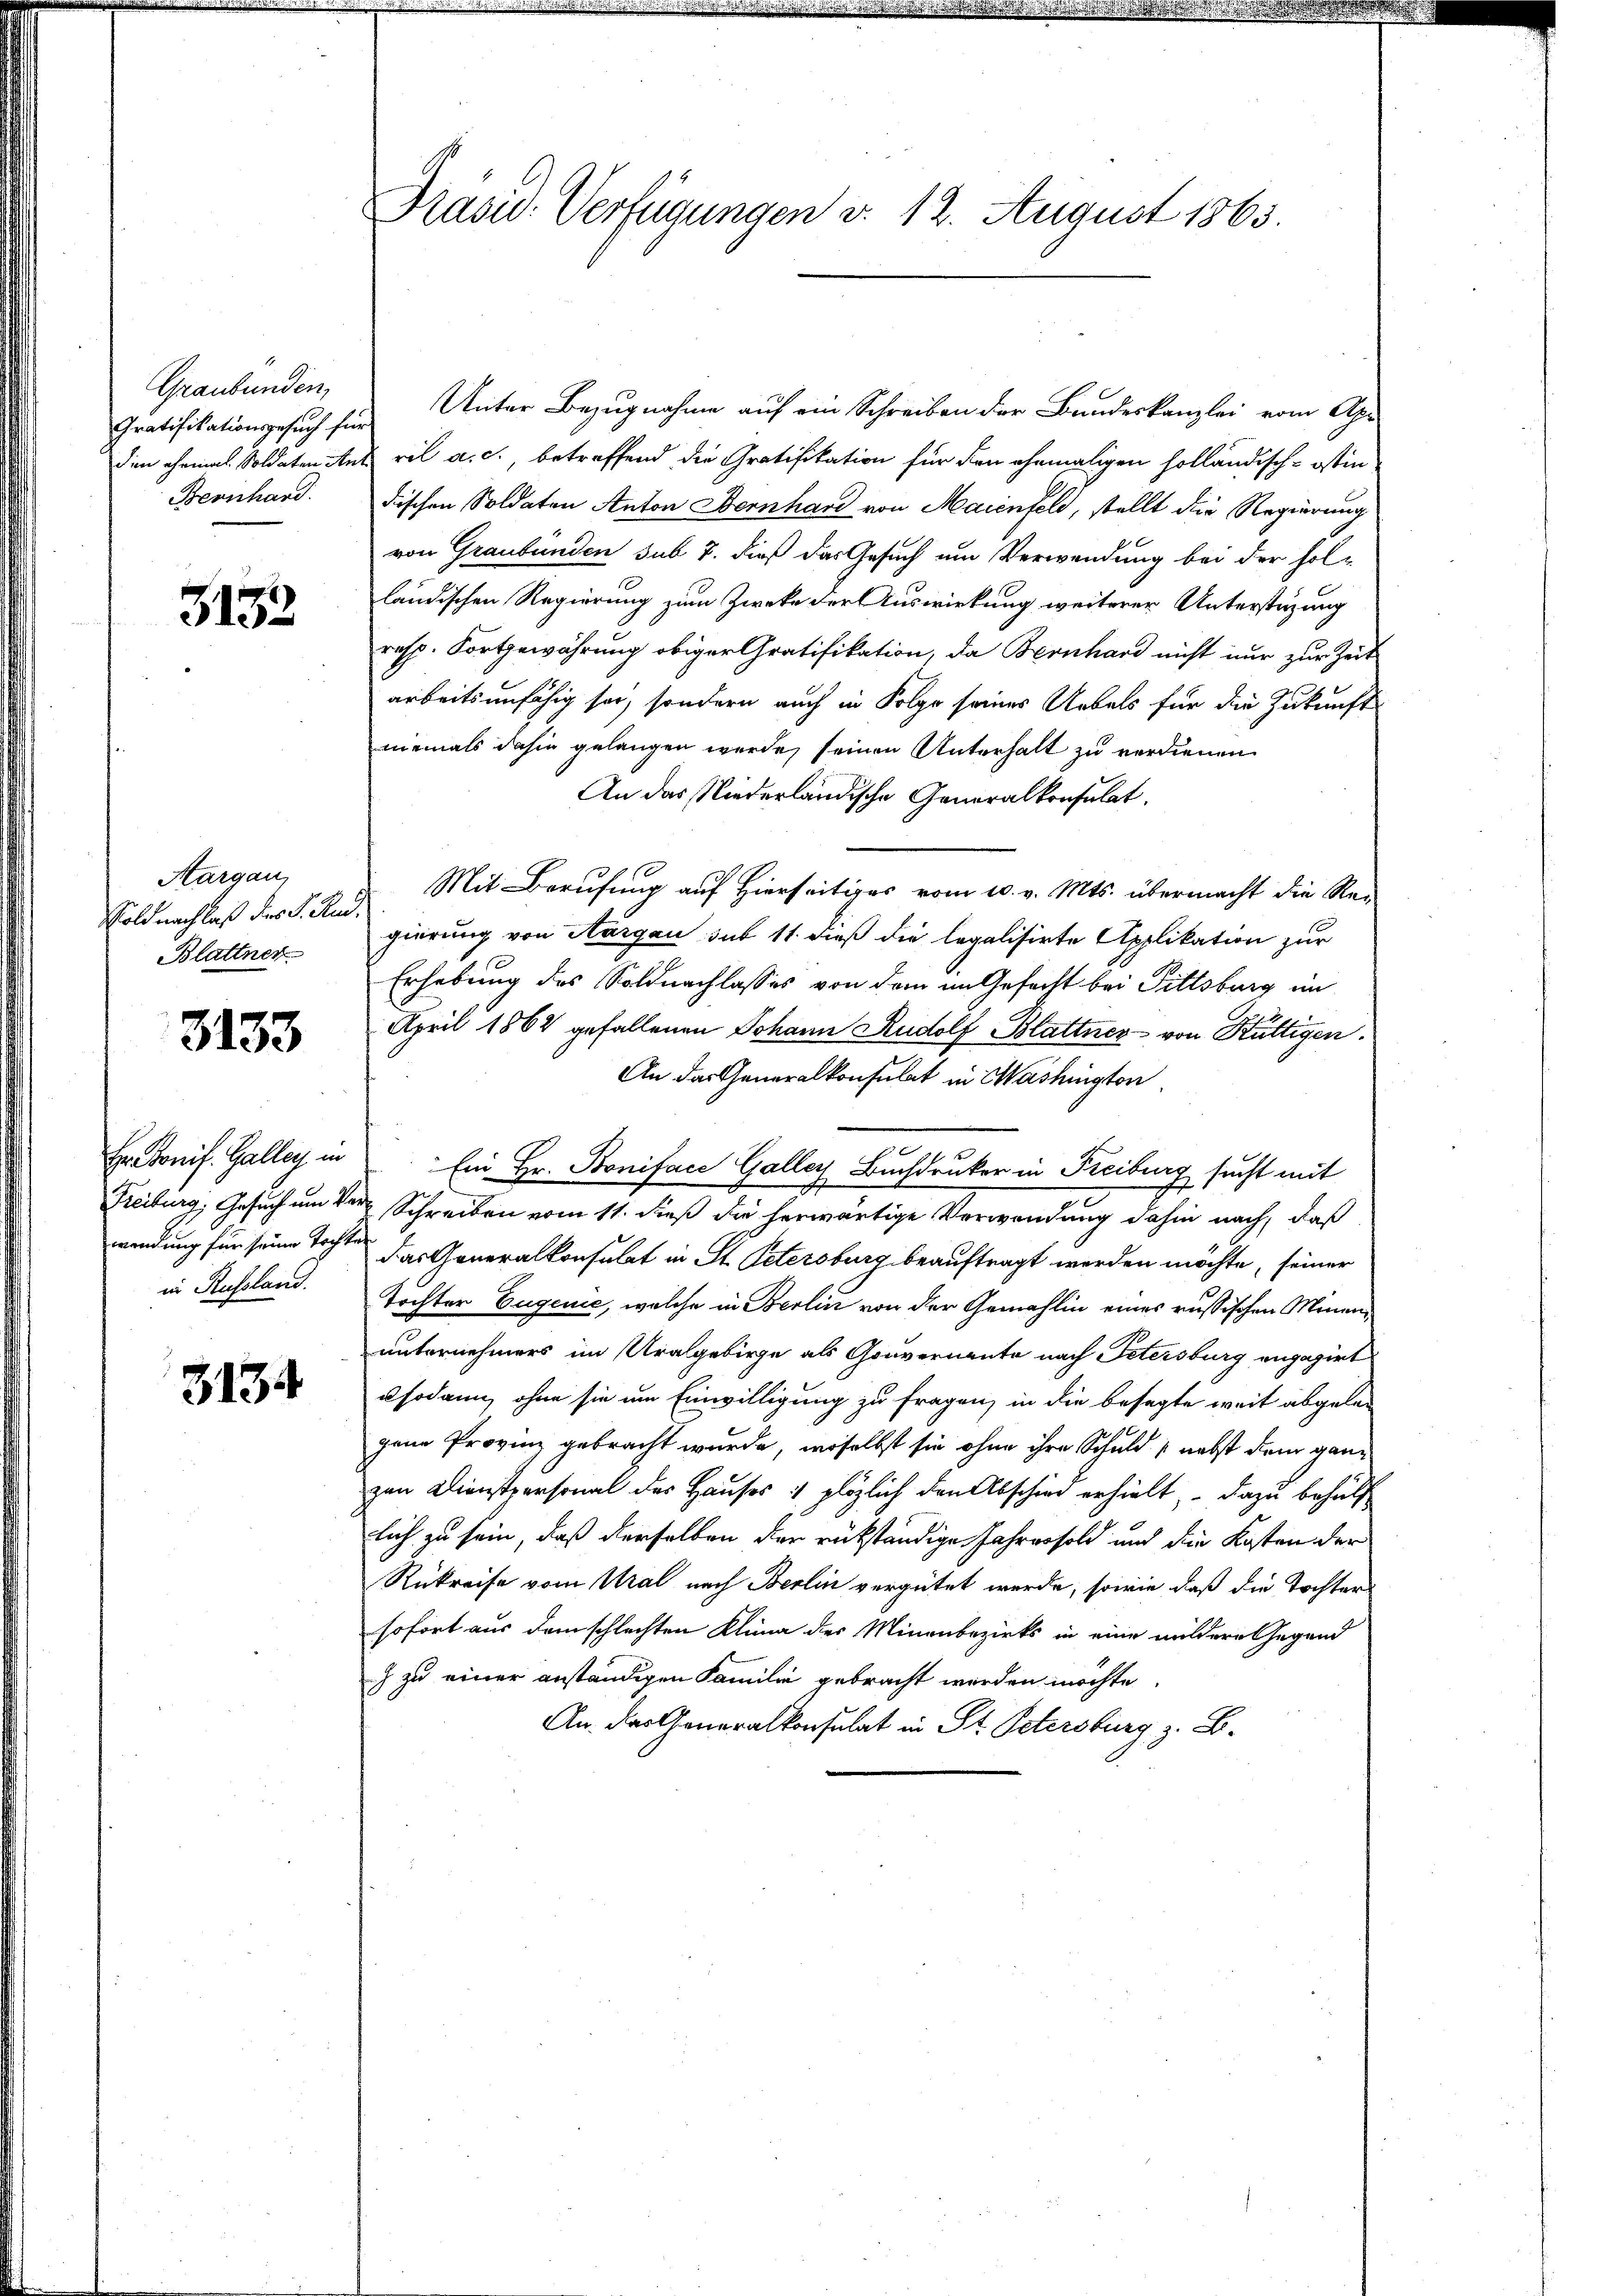
Graubünden,
Gratifikationsgesuch für
dien ehrmal. Soldaten Ant
Bernhard.

3132

Aargau,
Soldnachlaß des J. Rud.
Blattner

3133

Hr. Bonif. Galley in
Freiburg, Gesuch um Verwendung für seine Tochten
in Russland.

3134

Präsid.- Verfügungen d. 12. August 1863.

Unter Bezugnahme auf ein Schreiben der Bundeskanzlei vom Apr
ril a. c., betreffend die Gratifikation für den ehemaligen holländisch-Ostin
dischen Soldaten Anton Bernhard von Maienfeld, stellt die Regierung
von Graubünden sub 7. dieß das Gesuch um Verwendung bei der folländischen Regierung zum Zwecke der Auswirkung weiterer Unterstüzung
resp. Fortgewährung obiger Gratifikation, da Bernhard nicht nur zur Zeit
arbeitsunfähig sei, sondern auch in Folge seines Uebels für die Zukunft
niemals dahin gelangen werde, seinen Unterhalt zu verdienen
An das Niederländische Generalkonsulat.
Mit Berufung auf Hierseitiges vom 10. v. Mts. übermacht die Rei
gierung von Aargau sub 11 dieß die legalisirte Applikation zur
Erhebung des Soldnachlasses von dem im Gefecht bei Pittsburg im
April 1864 gefallenen Johann Rudolf Blattner von Hüttigen.
An das Generalkonsulat in Washington
Ein Hr. Boniface Galler Buchdruker in Freiburg sucht mit
.
Schreiben vom 11. dieß die herwärtige Verwendung dahin nach, daß
das Generalkonsulat in St. Petersburg beauftragt werden möchte, seiner
Tochter Eugenie, welche in Berlin von der Gemahlin eines russischen Minen
unternehmers im Uralgebirge als Gouverneute nach Petersburg engagirt
usodann, ohne sie um Einwilligung zu fragen, in die besagte weit abgelegene Provinz gebracht wurde, woselbst sie ohne ihre Schuld (nebst dem ganz
zen Dienstpersonal der Hauses & plözlich den Abschied erhielt – dazu behülf
lich zu sein, daß derselben der rükständige Jahresold und die Kosten der
Rükreise vom Ural nach Berlin vergütet werde, sowie daß die Tochters
sofort aus dem schlechten Klina des Minenbezirks in eine mildere Gegend
) zu einer anständigen Familie gebracht werden möchte.
An. das Generalkonsulat in St. Petersburg z. B.